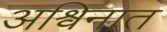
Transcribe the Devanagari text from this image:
अश्विनात